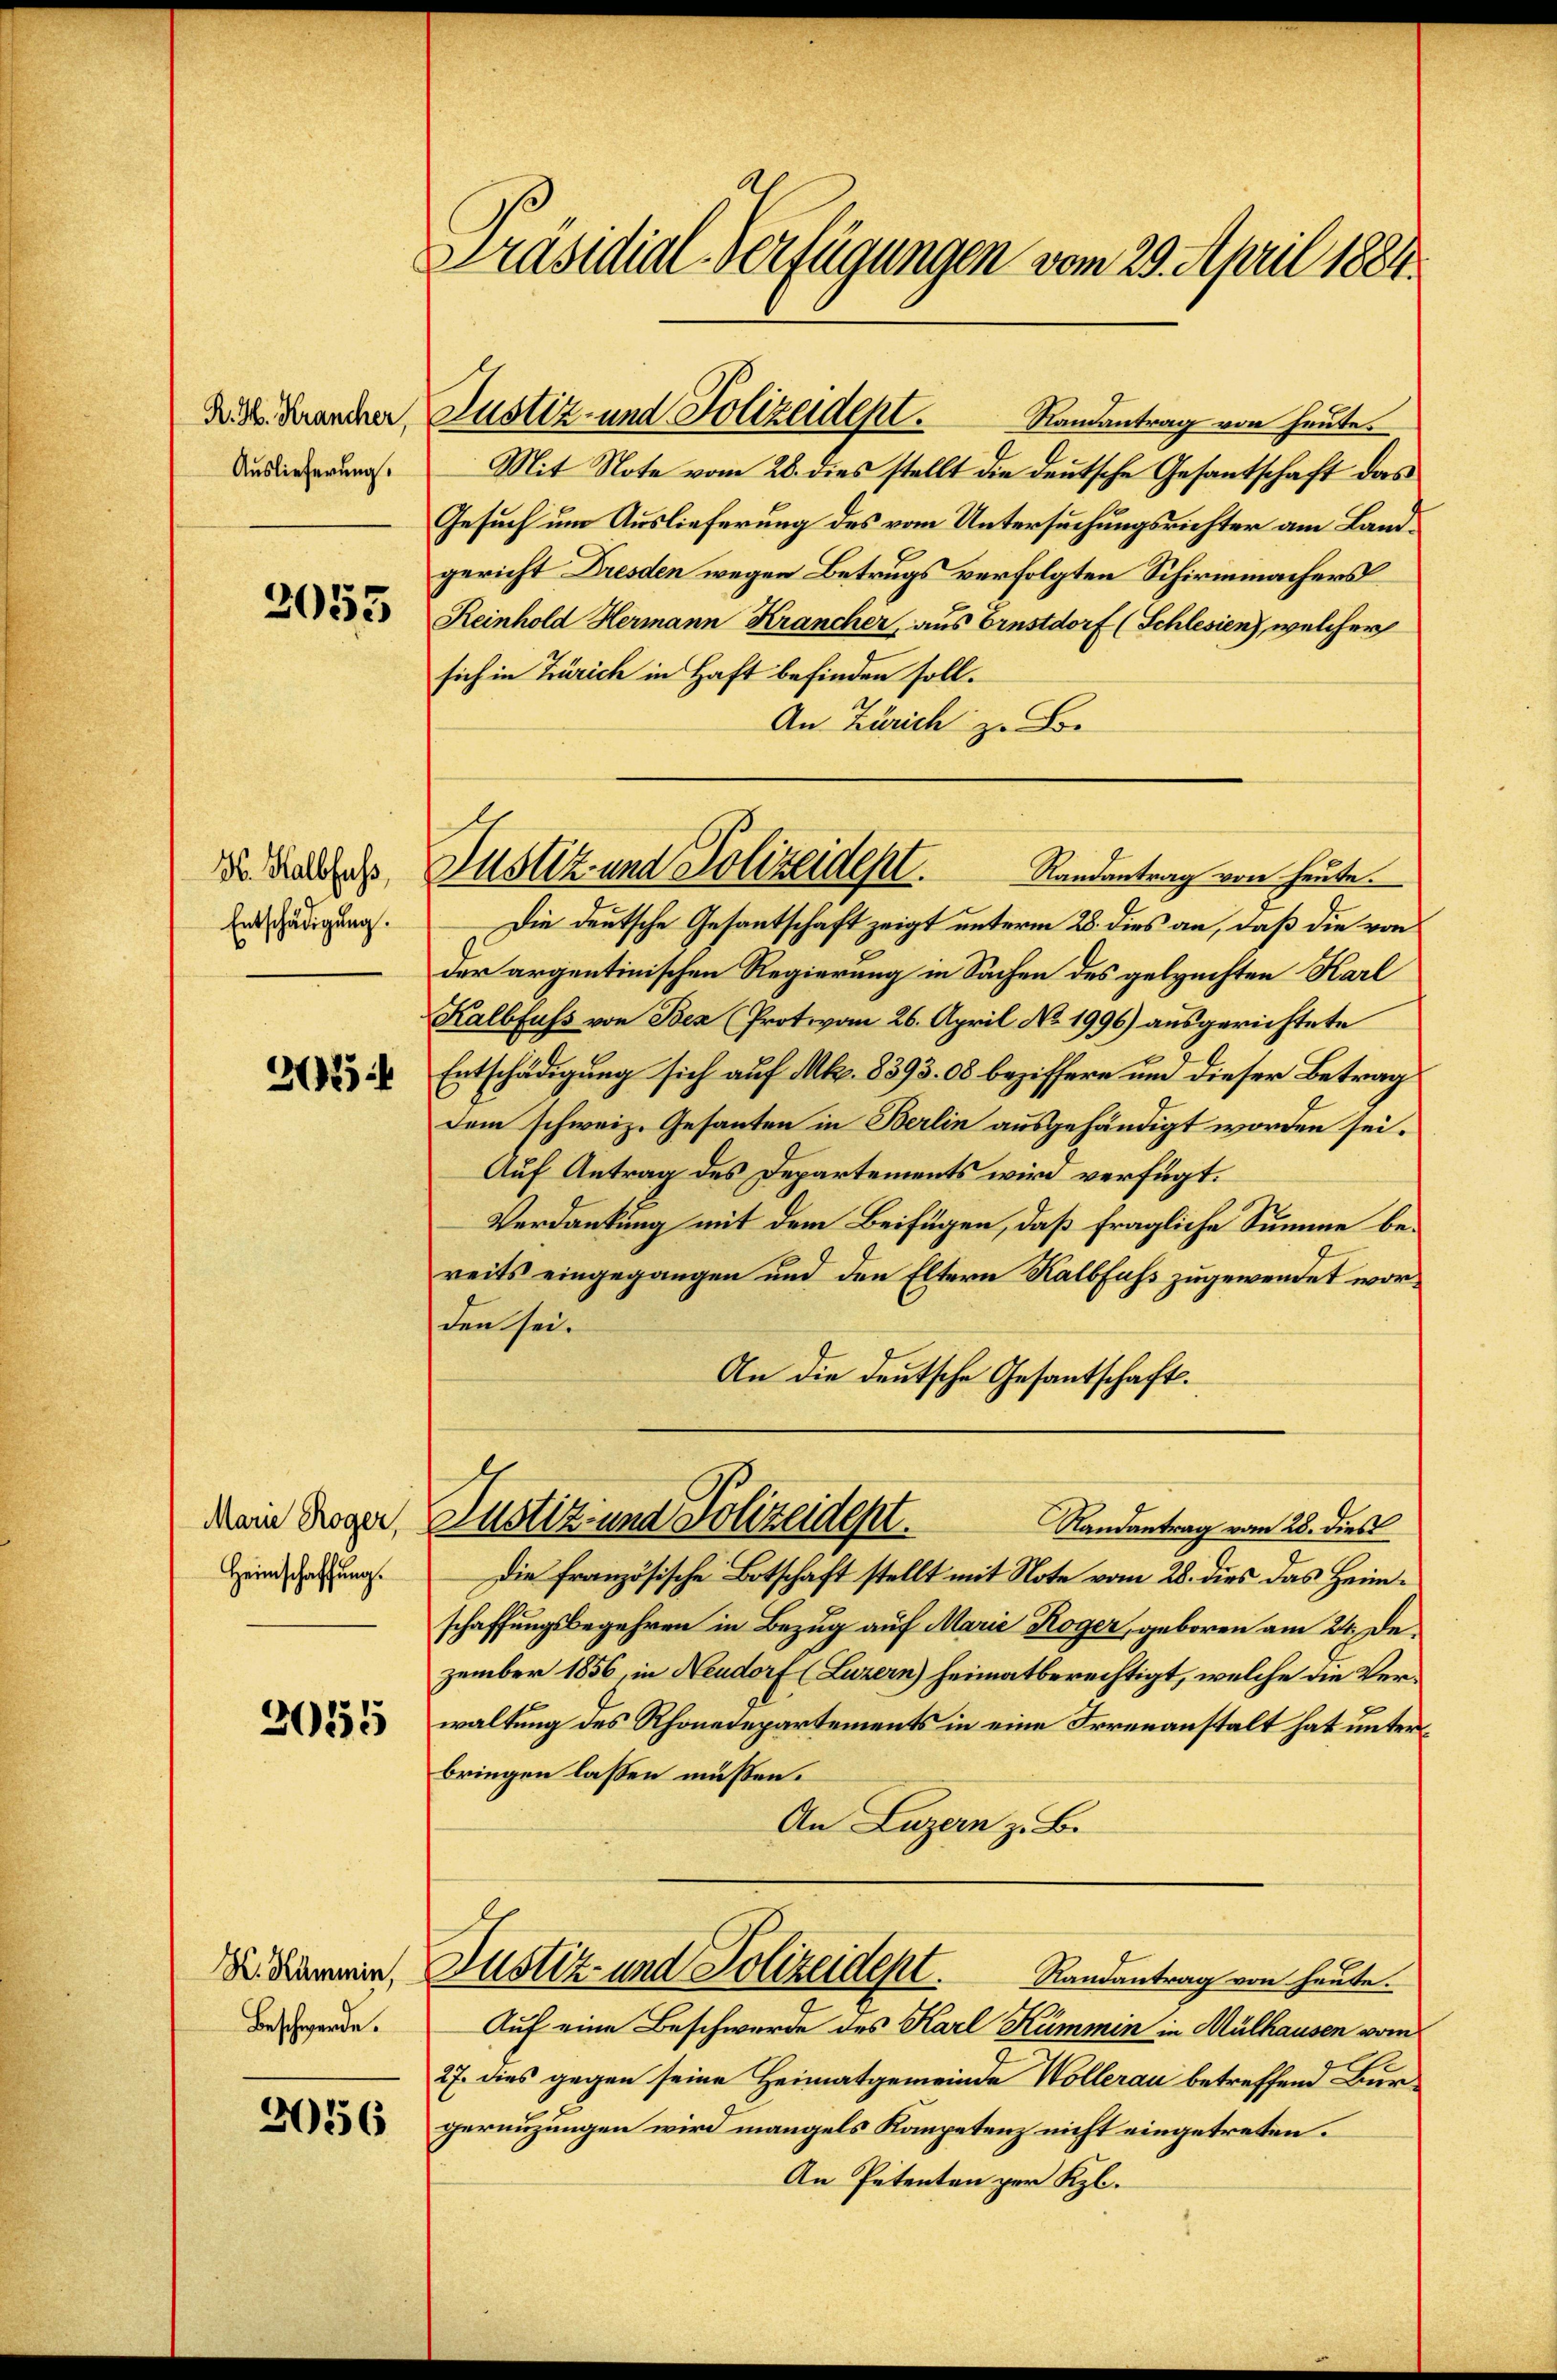
R. H. Krancher,
Auslieferung.

2055

H. Kalbfuss,
Entschädigung.

2254

Marie Roger,
Heimschaffung.

2055

H. Rammin,
Beschwerde.

2056

Präsidial-Verfügungen vom 29. April 1884.

Justiz- und Polizeidept.

Justiz und Polizeidept. Randantrag von heute.

Randantrag von heute.
Mit Note vom 26. dies stellt die deutsche Gesantschaft das
Gesuch um Auslieferung des vom Untersuchungsrichter am Landgericht Dresden wegen Betrugs verfolgten Schirmmachers
Reinhold Hermann Krancher, aus Ernstdorf (Schlesien, welcher
sich in Zürich in Haft befinden soll.
An Zürich zu Be
Die deutsche Gesantschaft zeigt unterm 28. dies an, daß die von
der argentinischen Regierung in Sachen des geleuchten Karl
Kalbfuss von Bex (Protovom 26. April No 1996) ausgerichtete
Entschädigung sich auf Mk. 8393. 08 beziffere und dieser Betrag
dem schweiz. Gesanten in Berlin ausgehändigt worden sei.
Auf Antrag des Departements wird verfügt:
Verdankung mit dem Beifügen, daß fragliche Summe bereits eingegangen und den Eltern Kalbfuß zugewendet worden sei.
An die deutsche Gesantschaft.
Justiz und Polizeident.
Randantrag vom 28. dies
Die französische Botschaft stellt mit Note vom 28. dies das Heimschaffungsbegehren in Bezug auf Marie Koger, geboren am 24. Dezember 1856, in Neudorf (Luzern) heimatberechtigt, welche die Verwaltung des Rhonedepartements in eine Irrenanstalt hat unter
bringen lassen müssen.
An Luzern z. B.
Justiz- und Polizeidept. Randantrag von heute.
Auf eine Beschwerde des Karl Kümmin in Mülhausen vom
27. dies gegen seine Heimatgemeinde Wollerau betreffend Burgerenzungen wird mangels Kompetenz nicht eingetreten.
An Petenten per Kl.